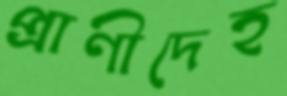
প্রাণীদেহ